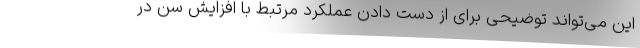
این می‌تواند توضیحی برای از دست دادن عملکرد مرتبط با افزایش سن در